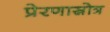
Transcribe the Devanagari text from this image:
प्रेरणास्रोत्र